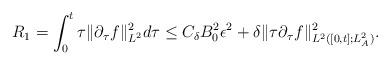
LaTeX: \begin{align*}R_1=\int^t_0\tau\|\partial_\tau f\|_{L^2}^2d\tau \le C_\delta B_0^2\epsilon^2+\delta \|\tau\partial_\tau f\|^2_{L^2([0,t];L^2_A)}.\end{align*}